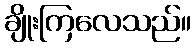
ချိုးကြလေသည်။